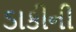
ડાકીની